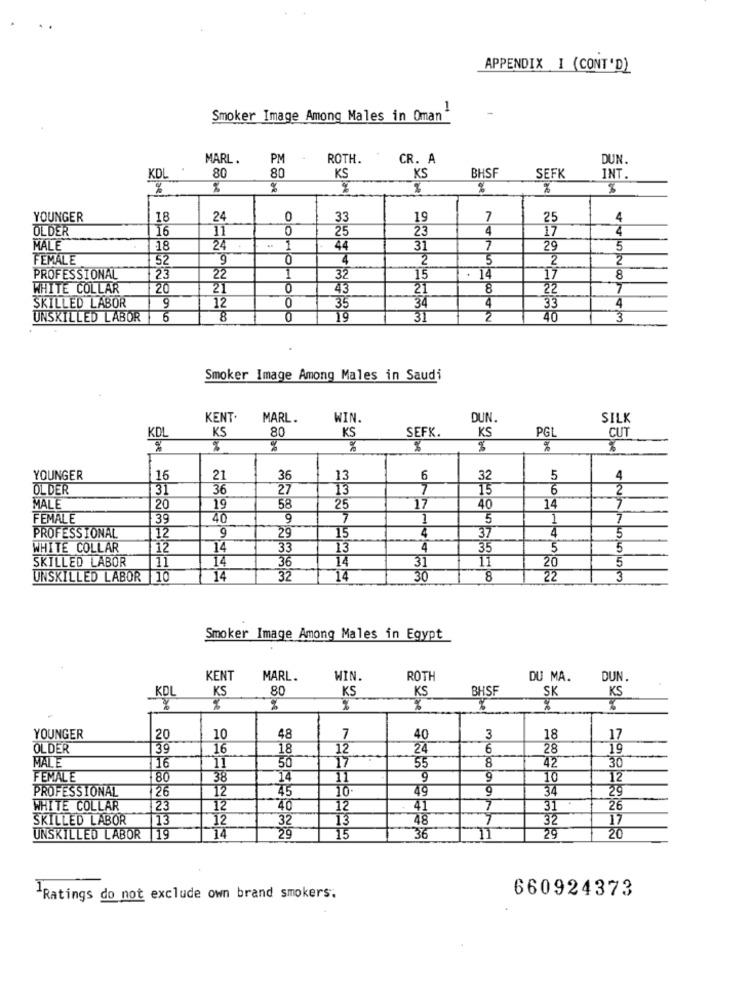
APPENDIX I (CONT'D)
1
Smoker Image Among Males in Oman
MARL .
PM
ROTH ..
CR. A
DUN.
BHSF
KDL
80
80
KS
KS
SEFK
INT.
%
%
%
YOUNGER
18
24
0
33
19
7
25
4
OLDER
16
11
0
4
17
4
25
23
MALE
18
24
1
44
31
7
29
5
FEMALE
52
0
4
2
5
2
2
PROFESSIONAL
23
22
1
32
15
14
8
WHITE COLLAR
20
21
0
43
21
8
22
7
SKILLED LABOR
9
12
34
4
0
35
4
33
UNSKILLED LABOR
5
31
2
40
3
Smoker Image Among Males in Saudi
KENT.
MARL.
WIN.
DUN.
SILK
KS
80
SEFK.
KS
PGI
CUT
KDL
KS
%
%
%
%
YOUNGER
16
21
36
13
6
32
5
4
OLDER
31
36
27
13
7
15
6
2
25
MALE
20
19
58
40
14
7
FEMALE
39
40
9
7
1
5
1
7
PROFESSIONAL
12
9
37
29
15
4
4
5
WHITE COLLAR
12
14
33
13
4
35
5
5
SKILLED LABOR
11
14
14
31
11
5
36
20
UNSKILLED LABOR 10
14
32
T 14
30
8
22
Smoker Image Among Males in Egypt
KENT
MARL.
WIN.
ROTH
DU MA.
DUN.
KS
80
BHSF
KDL
KS
KS
KS
%
wbel
YOUNGER
20
10
48
7
40
3
18
17
OLDER
39
16
18
12
24
6
28
19
MALE
IT
42
16
50
55
8
30
FEMALE
80
38
14
11
9
9
10
72
PROFESSIONAL
26
12
45
10
49
9
34
29
WHITE COLLAR
23
12
40
12
41
7
31
26
SKILLED LABOR
13
12
32
1.
48
32
17
14
UNSKILLED LABOR |19
29
15
36
29
20
660924373
1Ratings do not exclude own brand smokers.